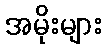
အမိုးများ